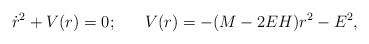
\begin{align*}\dot{r}^2+V(r)=0;\;\;\;\;\;\;V(r)=-(M-2EH)r^2-E^2,\end{align*}